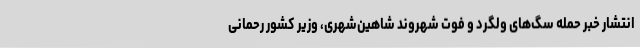
انتشار خبر حمله سگ‌های ولگرد و فوت شهروند شاهین‌شهری، وزیر کشور رحمانی